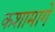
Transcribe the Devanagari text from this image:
कशामागे